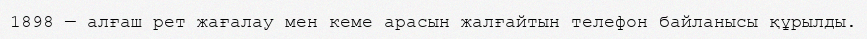
1898 — алғаш рет жағалау мен кеме арасын жалғайтын телефон байланысы құрылды.